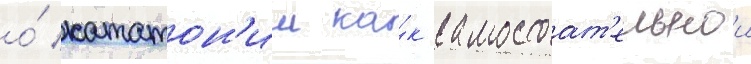
о́ кататон'ии ка́к самостоат'ельнои